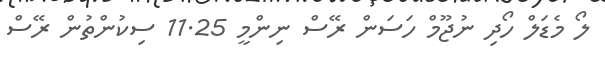
ލޯ މެޑަލް ހޯދި ނުޖޫމް ހަސަން ރޭސް ނިންމީ 11.25 ސިކުންތުން ރޭސް